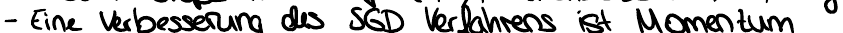
- Eine Verbesserung des SGD Verfahrens ist Momentum